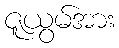
ဇူယွမ်အား